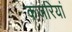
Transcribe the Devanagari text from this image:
कजरियां